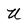
Character: U